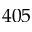
4 0 5